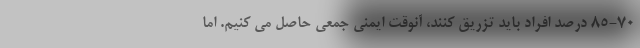
۸۵-۷۰ درصد افراد باید تزریق کنند، آنوقت ایمنی جمعی حاصل می کنیم. اما